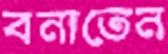
বনাতেন